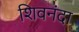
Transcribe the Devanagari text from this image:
शिवनंदा